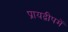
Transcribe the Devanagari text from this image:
प्रायद्वीपमें